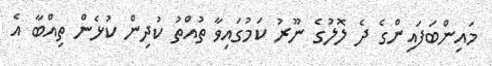
މައިންބަފައިންގެ ދެ ލޮލުގެ ނޫރު ކަމުގައިވާ ތުއްތު ކުދިން ކުޅެން ތިއްބާ އެ